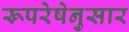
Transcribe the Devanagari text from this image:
रूपरेषेनुसार